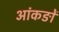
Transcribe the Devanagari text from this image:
आंकङों